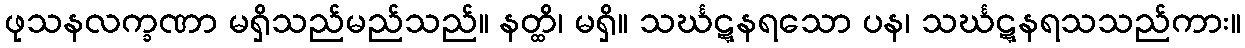
ဖုသနလက္ခဏာ မရှိသည်မည်သည်။ နတ္ထိ၊ မရှိ။ သင်္ဃဋ္ဋနရသော ပန၊ သင်္ဃဋ္ဋနရသသည်ကား။